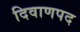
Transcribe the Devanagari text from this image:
दिवाणपद